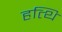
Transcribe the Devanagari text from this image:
हत्थि